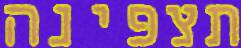
תצפינה